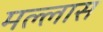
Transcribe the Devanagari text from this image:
मल्लास